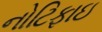
નોટિફાઇ